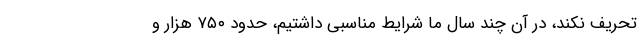
تحریف نکند، در آن چند سال ما شرایط مناسبی داشتیم، حدود ۷۵۰ هزار و